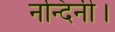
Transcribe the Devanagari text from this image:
नन्दिनी।